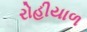
રોહીયાળ